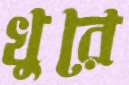
খুরে